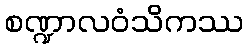
စဏ္ဍာလဝံသိကဿ